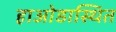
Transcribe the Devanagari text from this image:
हाओडास्थित